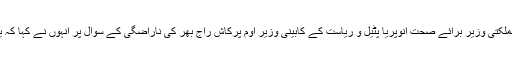
بی ایس پی کے اتحاد سے بی جے پی پر کوئی اثر پڑنے والا نہیں ہے اپنا دل کی لیڈر و مملکتی وزیر برائے صحت انوپریا پٹیل و ریاست کے کابینی وزیر اوم پرکاش راج بھر کی ناراضگی کے سوال پر انہوں نے کہا کہ یہ دونوں ہمارے اتحادی ہیں آنے والے عام انتخابات بھی ہم سب آپس میں مل کر لڑیں گے۔